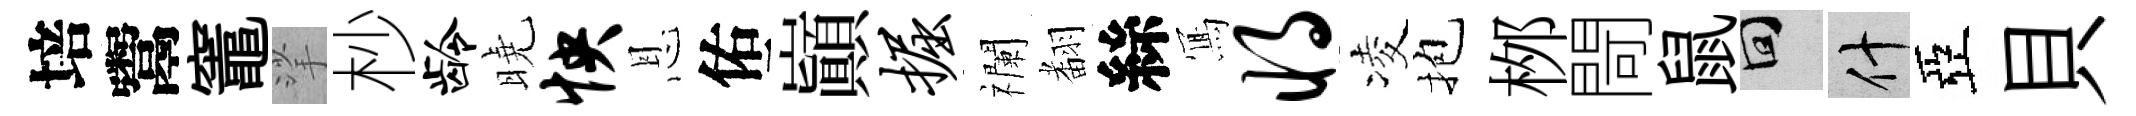
培鬻竈挲杪龄曉怏恩佑巔掘襴𮋒絲𭂁将凌抱桞閜鼠回什亞貝